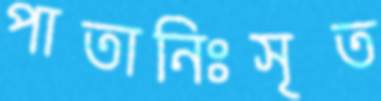
পাতানিঃসৃত